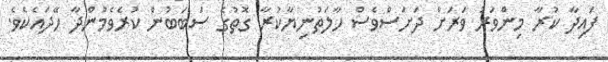
ފައިދާ ކުރާ މިންވަރު ވަރަށް ދަށަސްވެސް ހާލަތުނިޔާކުރާ ގޮތުގެ ސަބަބުން ކުރެވެމުންދާ ހޭދައެކެވެ.